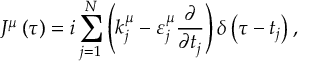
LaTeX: J ^ { \mu } \left( \tau \right) = i \sum _ { j = 1 } ^ { N } \left( k _ { j } ^ { \mu } - \varepsilon _ { j } ^ { \mu } \frac { \partial } { \partial t _ { j } } \right) \delta \left( \tau - t _ { j } \right) ,